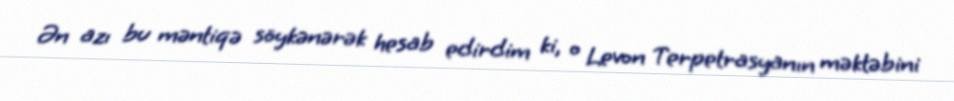
Ən azı bu məntiqə söykənərək hesab edirdim ki, o Levon Terpetrasyanın məktəbini